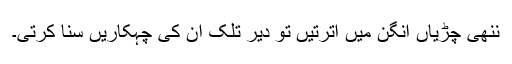
ننھی چڑیاں آنگن میں اترتیں تو دیر تلک ان کی چہکاریں سنا کرتی۔